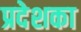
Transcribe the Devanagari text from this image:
प्रदेशका